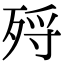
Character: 𣨅